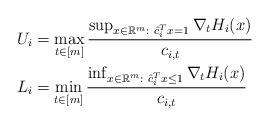
LaTeX: \begin{align*}U_i &= \max_{t\in[m]}\frac{\sup_{x\in \mathbb{R}^m:~\hat{c}_i^T x=1}\nabla_t H_i (x)}{c_{i,t}}\\L_i &= \min_{t\in[m]}\frac{\inf_{x\in \mathbb{R}^m:~\hat{c}_i^T x\leq 1}\nabla_t H_i (x)}{c_{i,t}}\end{align*}